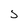
Character: S